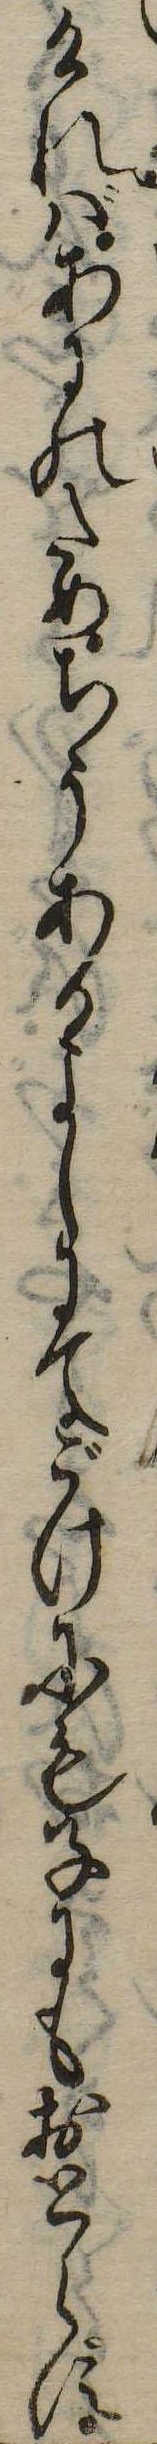
ければあにのためちうあるよしにてごけにも子にもおとらず